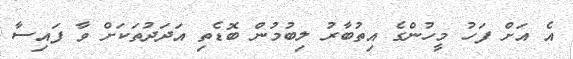
އެ އަށް ފަހު މީހުންގެ އިތުބާރު ލިބުމުން ބޮޑެތި އަދަދުތަކަށް ވާ ފައިސާ